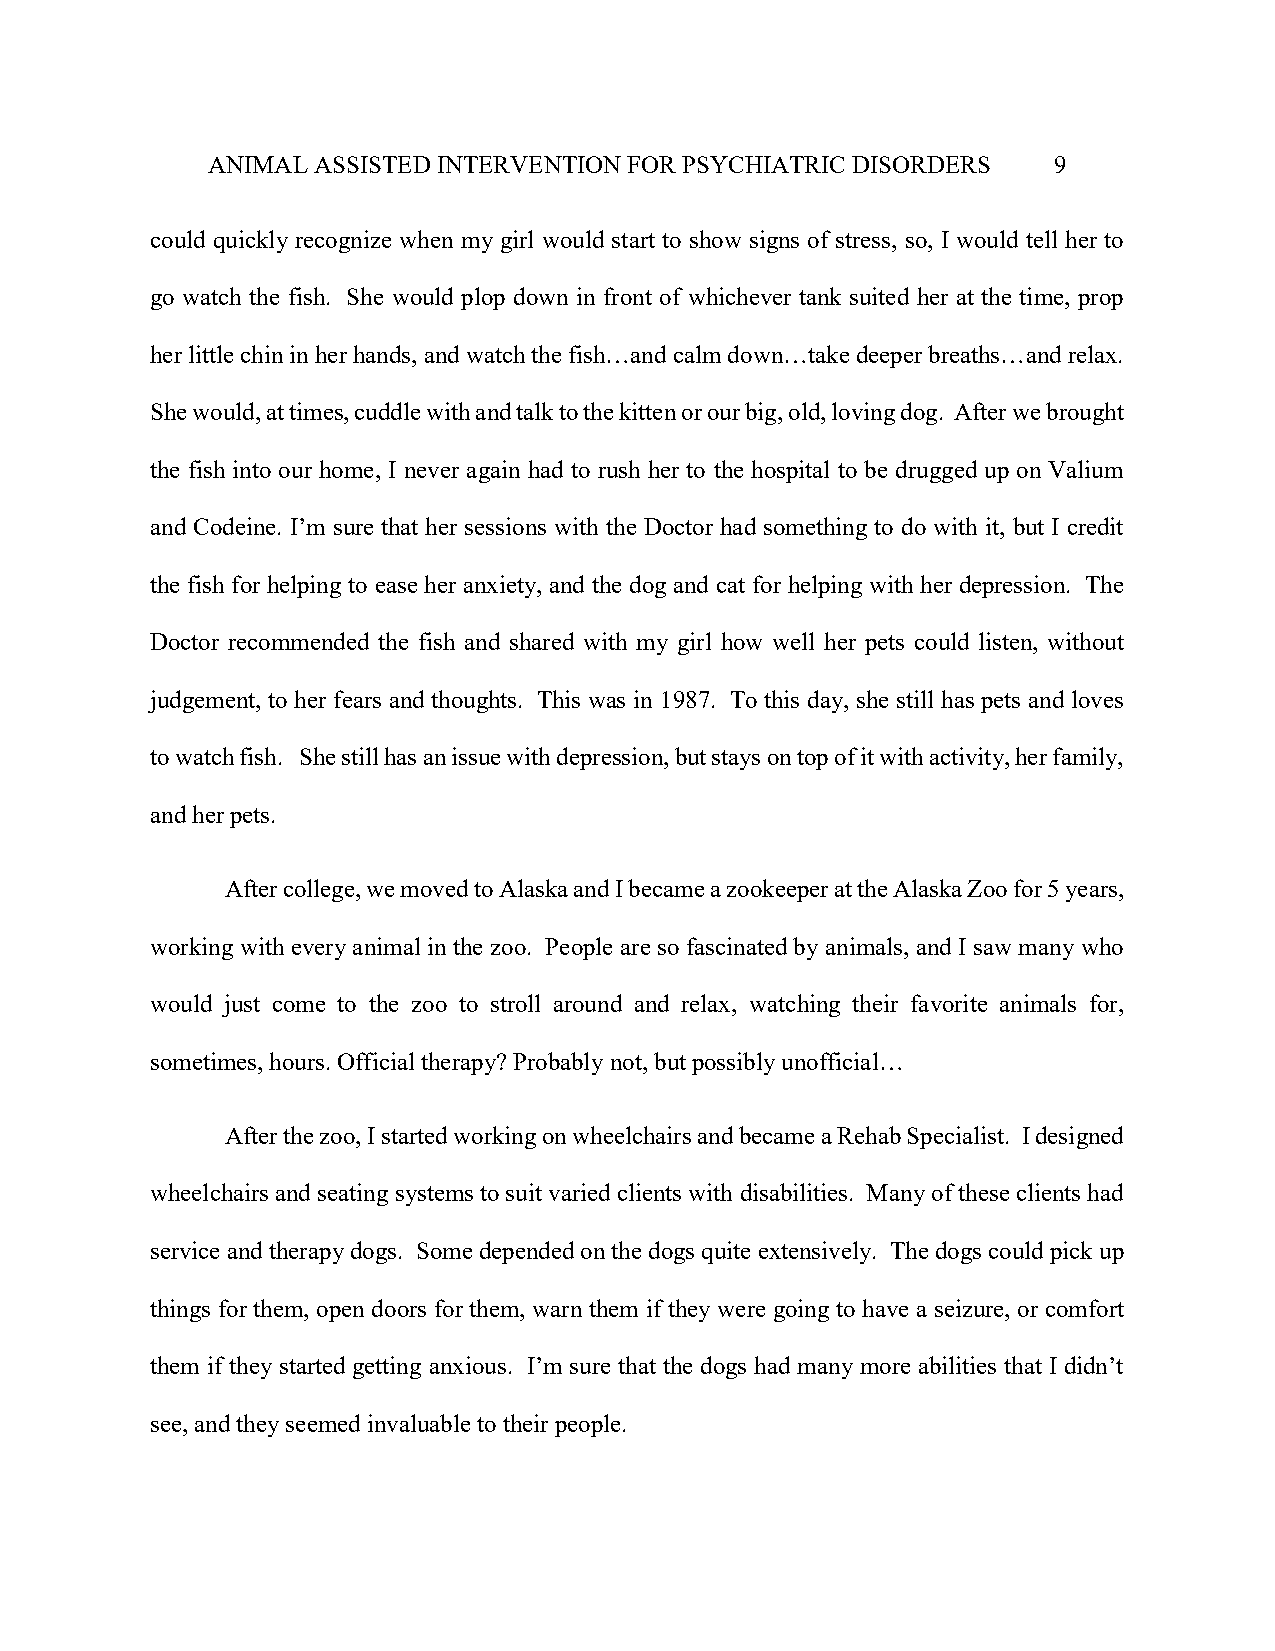
ANIMAL ASSISTED INTERVENTION FOR PSYCHIATRIC DISORDERS  9
 could quickly recognize when my girl would start to show signs of stress, so, I would tell her to
 go watch the fish. She would plop down in front of whichever tank suited her at the time, prop
 her little chin in her hands, and watch the fish…and calm down…take deeper breaths…and relax.
 She would, at times, cuddle with and talk to the kitten or our big, old, loving dog. After we brought
 the fish into our home, I never again had to rush her to the hospital to be drugged up on Valium
 and Codeine. I’m sure that her sessions with the Doctor had something to do with it, but I credit
 the fish for helping to ease her anxiety, and the dog and cat for helping with her depression. The
 Doctor recommended the fish and shared with my girl how well her pets could listen, without
 judgement, to her fears and thoughts. This was in 1987. To this day, she still has pets and loves
 to watch fish. She still has an issue with depression, but stays on top of it with activity, her family,
 and her pets.
 After college, we moved to Alaska and I became a zookeeper at the Alaska Zoo for 5 years,
 working with every animal in the zoo. People are so fascinated by animals, and I saw many who
 would just come to the zoo to stroll around and relax, watching their favorite animals for,
 sometimes, hours. Official therapy? Probably not, but possibly unofficial…
 After the zoo, I started working on wheelchairs and became a Rehab Specialist. I designed
 wheelchairs and seating systems to suit varied clients with disabilities. Many of these clients had
 service and therapy dogs. Some depended on the dogs quite extensively. The dogs could pick up
 things for them, open doors for them, warn them if they were going to have a seizure, or comfort
 them if they started getting anxious. I’m sure that the dogs had many more abilities that I didn’t
 see, and they seemed invaluable to their people.